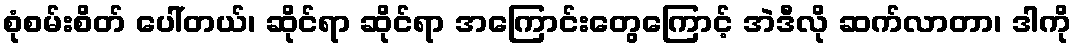
စုံစမ်းစိတ် ပေါ်တယ်၊ ဆိုင်ရာ ဆိုင်ရာ အကြောင်းတွေကြောင့် အဲဒီလို ဆက်လာတာ၊ ဒါကို